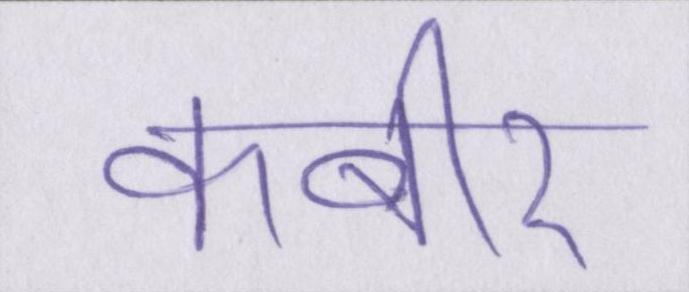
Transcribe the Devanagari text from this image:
कबीर